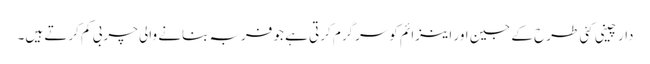
دارچینی کئی طرح کے جین اور اینزائم کوسرگرم کرتی ہے جو فربہ بنانے والی چربی کم کرتے ہیں۔